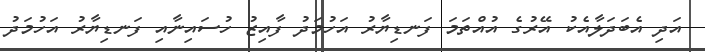
އަދި އެބަދަލާއެކު އޭރުގެ އުއްތަމަ ފަނޑިޔާރު އަހުމަދު ފާއިޒު ހުސައިނާއި ފަނޑިޔާރު އަހުމަދު